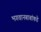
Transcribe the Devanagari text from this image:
भगवानबाबांकडे